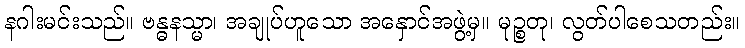
နဂါးမင်းသည်။ ဗန္ဓနသ္မာ၊ အချုပ်ဟူသော အနှောင်အဖွဲ့မှ။ မုဉ္စတု၊ လွတ်ပါစေသတည်း။